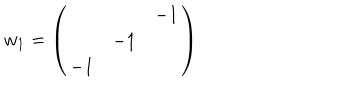
w _ { 1 } = \left( \begin{array} { c c c } { { } } & { { } } & { { - 1 } } \\ { { } } & { { - 1 } } & { { } } \\ { { - 1 } } & { { } } & { { } } \\ \end{array} \right)